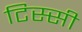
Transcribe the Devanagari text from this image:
टिस्सी